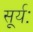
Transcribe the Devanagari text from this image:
सूर्यः